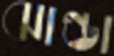
ঝাণ্ডা